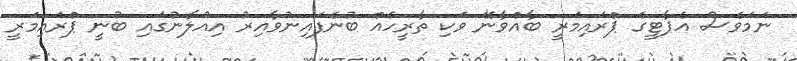
ނަމަވެސް އެޕާޓީގެ ޕްރައިމަރީ ބާއްވާނޭ ވަކި ތާރީހެއް ބުނެފައިނުވާއިރު އިއުލާނުގައި ބުނީ ޕްރައިމަރީ